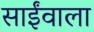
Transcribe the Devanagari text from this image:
साईंवाला